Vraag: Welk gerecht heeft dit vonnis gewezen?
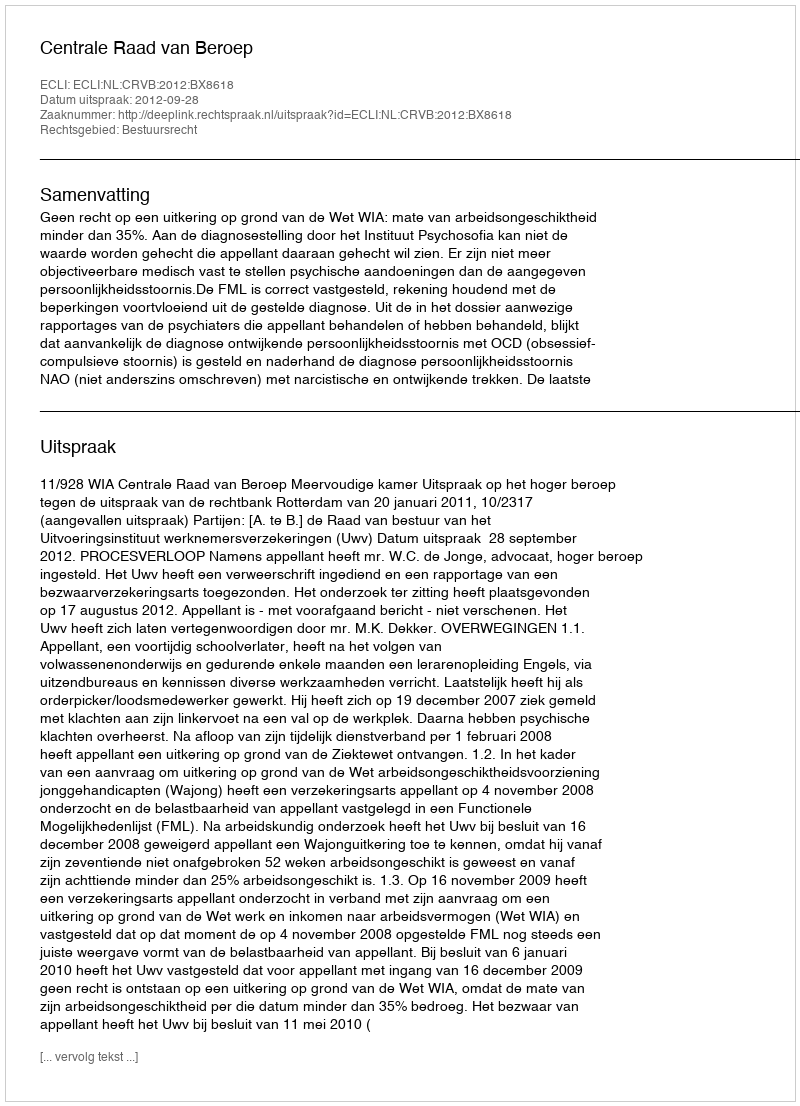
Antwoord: Centrale Raad van Beroep